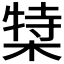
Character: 𬃿